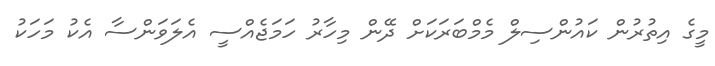
މީގެ އިތުރުން ކައުންސިލް މެމްބަރަކަށް ދޭން މިހާރު ހަމަޖެއްސީ އެލަވަންސާ އެކު މަހަކު